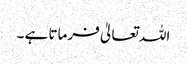
اللہ تعالیٰ فرماتا ہے ۔